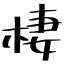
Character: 棲